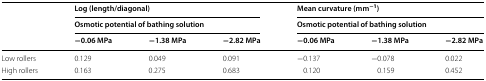
| <ROWSPAN=3>  | <COLSPAN=3> Log (length/diagonal) | <COLSPAN=3> Mean curvature (mm−1) |
 | <COLSPAN=3> Osmotic potential of bathing solution | <COLSPAN=3> Osmotic potential of bathing solution |
 | −0.06 MPa | −1.38 MPa | −2.82 MPa | −0.06 MPa | −1.38 MPa | −2.82 MPa |
 | --- | --- | --- | --- | --- | --- | --- |
 | Low rollers | 0.129 | 0.049 | 0.091 | −0.137 | −0.078 | 0.022 |
 | High rollers | 0.163 | 0.275 | 0.683 | 0.120 | 0.159 | 0.452 |